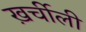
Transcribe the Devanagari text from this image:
ख़र्चीली